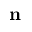
{ \bf n }